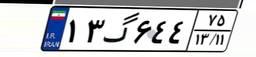
۱۳گ۶۴۴۷۵